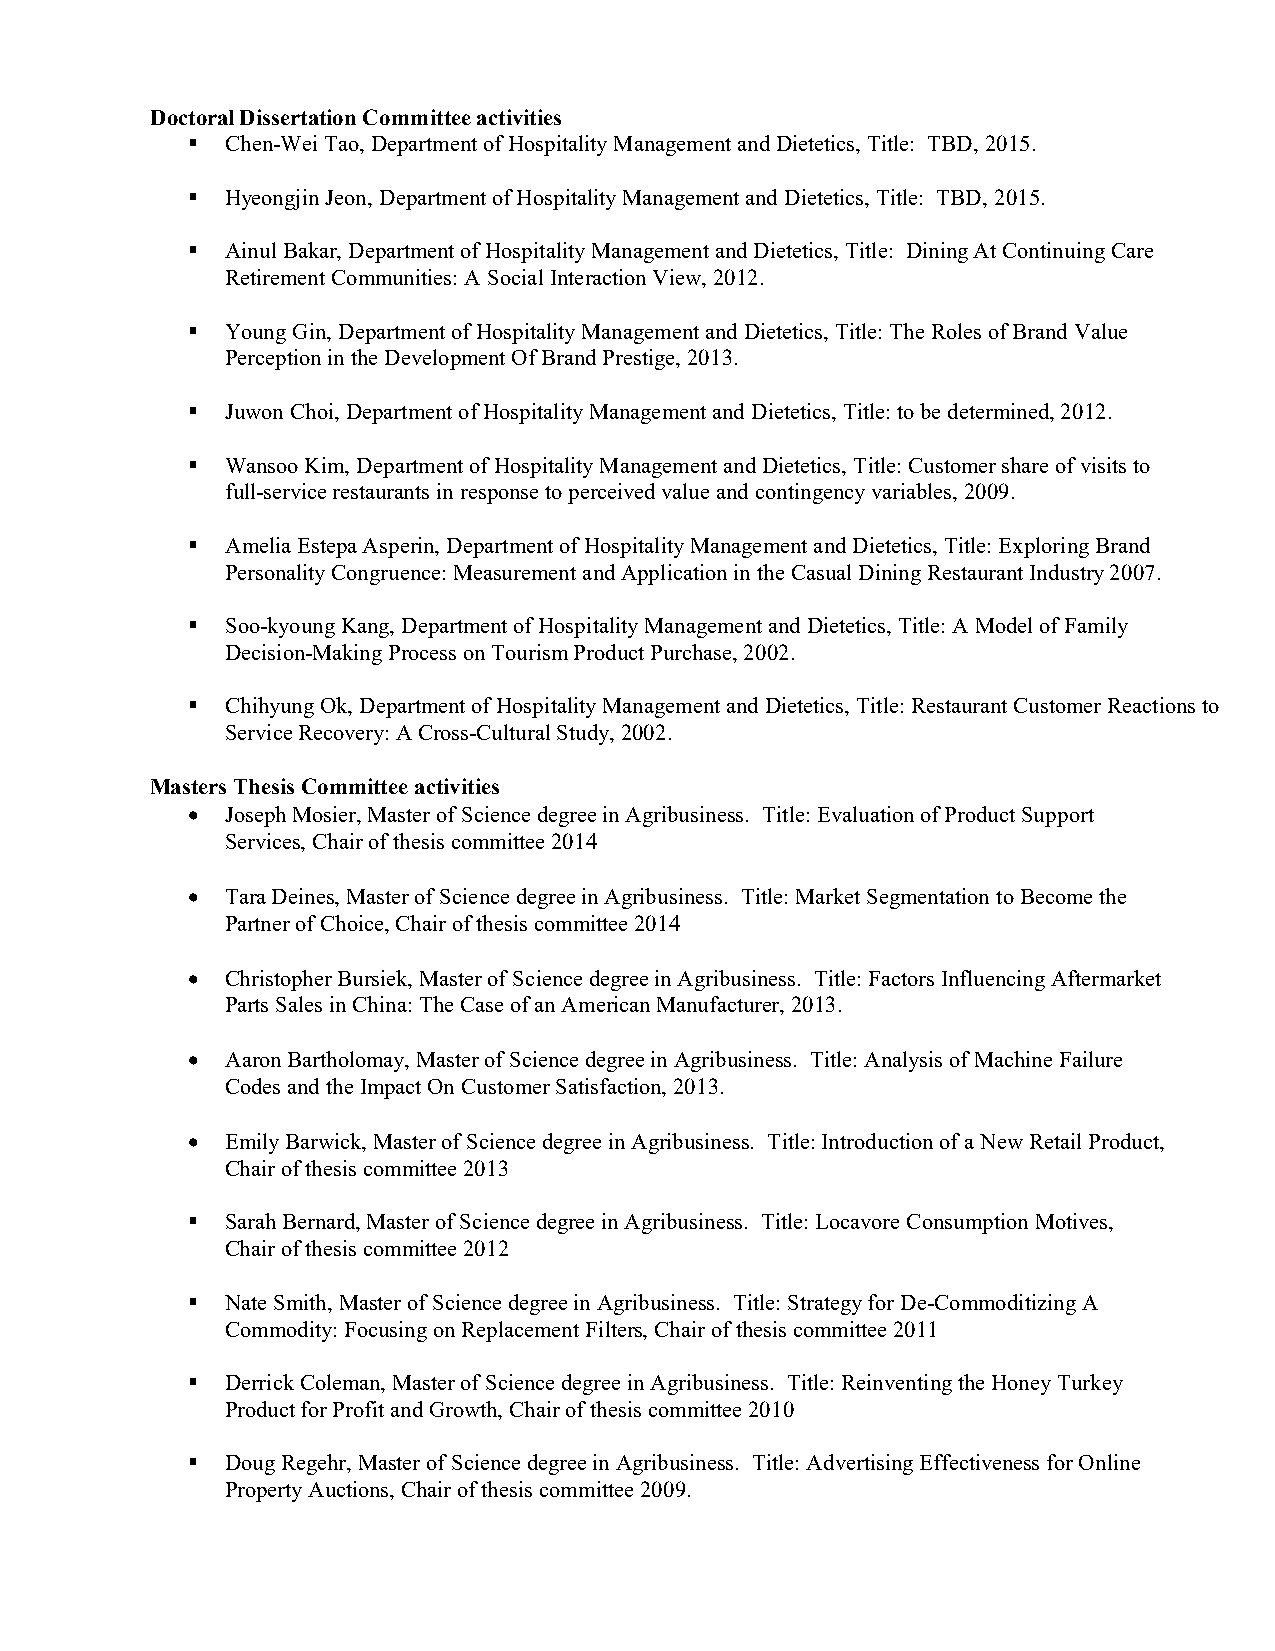
Doctoral Dissertation Committee activities
   Chen-Wei Tao, Department of Hospitality Management and Dietetics, Title: TBD, 2015.
   Hyeongjin Jeon, Department of Hospitality Management and Dietetics, Title: TBD, 2015.
   Ainul Bakar, Department of Hospitality Management and Dietetics, Title: Dining At Continuing Care
 Retirement Communities: A Social Interaction View, 2012.
   Young Gin, Department of Hospitality Management and Dietetics, Title: The Roles of Brand Value
 Perception in the Development Of Brand Prestige, 2013.
   Juwon Choi, Department of Hospitality Management and Dietetics, Title: to be determined, 2012.
   Wansoo Kim, Department of Hospitality Management and Dietetics, Title: Customer share of visits to
 full-service restaurants in response to perceived value and contingency variables, 2009.
   Amelia Estepa Asperin, Department of Hospitality Management and Dietetics, Title: Exploring Brand
 Personality Congruence: Measurement and Application in the Casual Dining Restaurant Industry 2007.
   Soo-kyoung Kang, Department of Hospitality Management and Dietetics, Title: A Model of Family
 Decision-Making Process on Tourism Product Purchase, 2002.
   Chihyung Ok, Department of Hospitality Management and Dietetics, Title: Restaurant Customer Reactions to
 Service Recovery: A Cross-Cultural Study, 2002.
 Masters Thesis Committee activities
   Joseph Mosier, Master of Science degree in Agribusiness. Title: Evaluation of Product Support
 Services, Chair of thesis committee 2014
   Tara Deines, Master of Science degree in Agribusiness. Title: Market Segmentation to Become the
 Partner of Choice, Chair of thesis committee 2014
   Christopher Bursiek, Master of Science degree in Agribusiness. Title: Factors Influencing Aftermarket
 Parts Sales in China: The Case of an American Manufacturer, 2013.
   Aaron Bartholomay, Master of Science degree in Agribusiness. Title: Analysis of Machine Failure
 Codes and the Impact On Customer Satisfaction, 2013.
   Emily Barwick, Master of Science degree in Agribusiness. Title: Introduction of a New Retail Product,
 Chair of thesis committee 2013
   Sarah Bernard, Master of Science degree in Agribusiness. Title: Locavore Consumption Motives,
 Chair of thesis committee 2012
   Nate Smith, Master of Science degree in Agribusiness. Title: Strategy for De-Commoditizing A
 Commodity: Focusing on Replacement Filters, Chair of thesis committee 2011
   Derrick Coleman, Master of Science degree in Agribusiness. Title: Reinventing the Honey Turkey
 Product for Profit and Growth, Chair of thesis committee 2010
   Doug Regehr, Master of Science degree in Agribusiness. Title: Advertising Effectiveness for Online
 Property Auctions, Chair of thesis committee 2009.